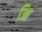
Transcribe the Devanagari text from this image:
आि